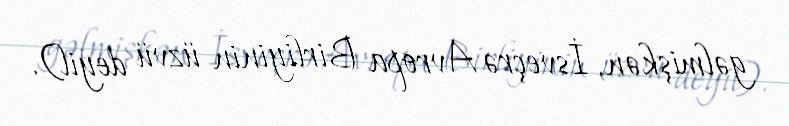
gəlmişkən, İsveçrə Avropa Birliyinin üzvü deyil).